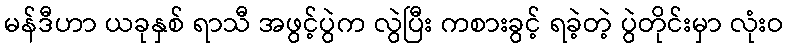
မန်ဒီဟာ ယခုနှစ် ရာသီ အဖွင့်ပွဲက လွဲပြီး ကစားခွင့် ရခဲ့တဲ့ ပွဲတိုင်းမှာ လုံးဝ